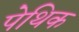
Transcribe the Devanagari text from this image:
पेथिक